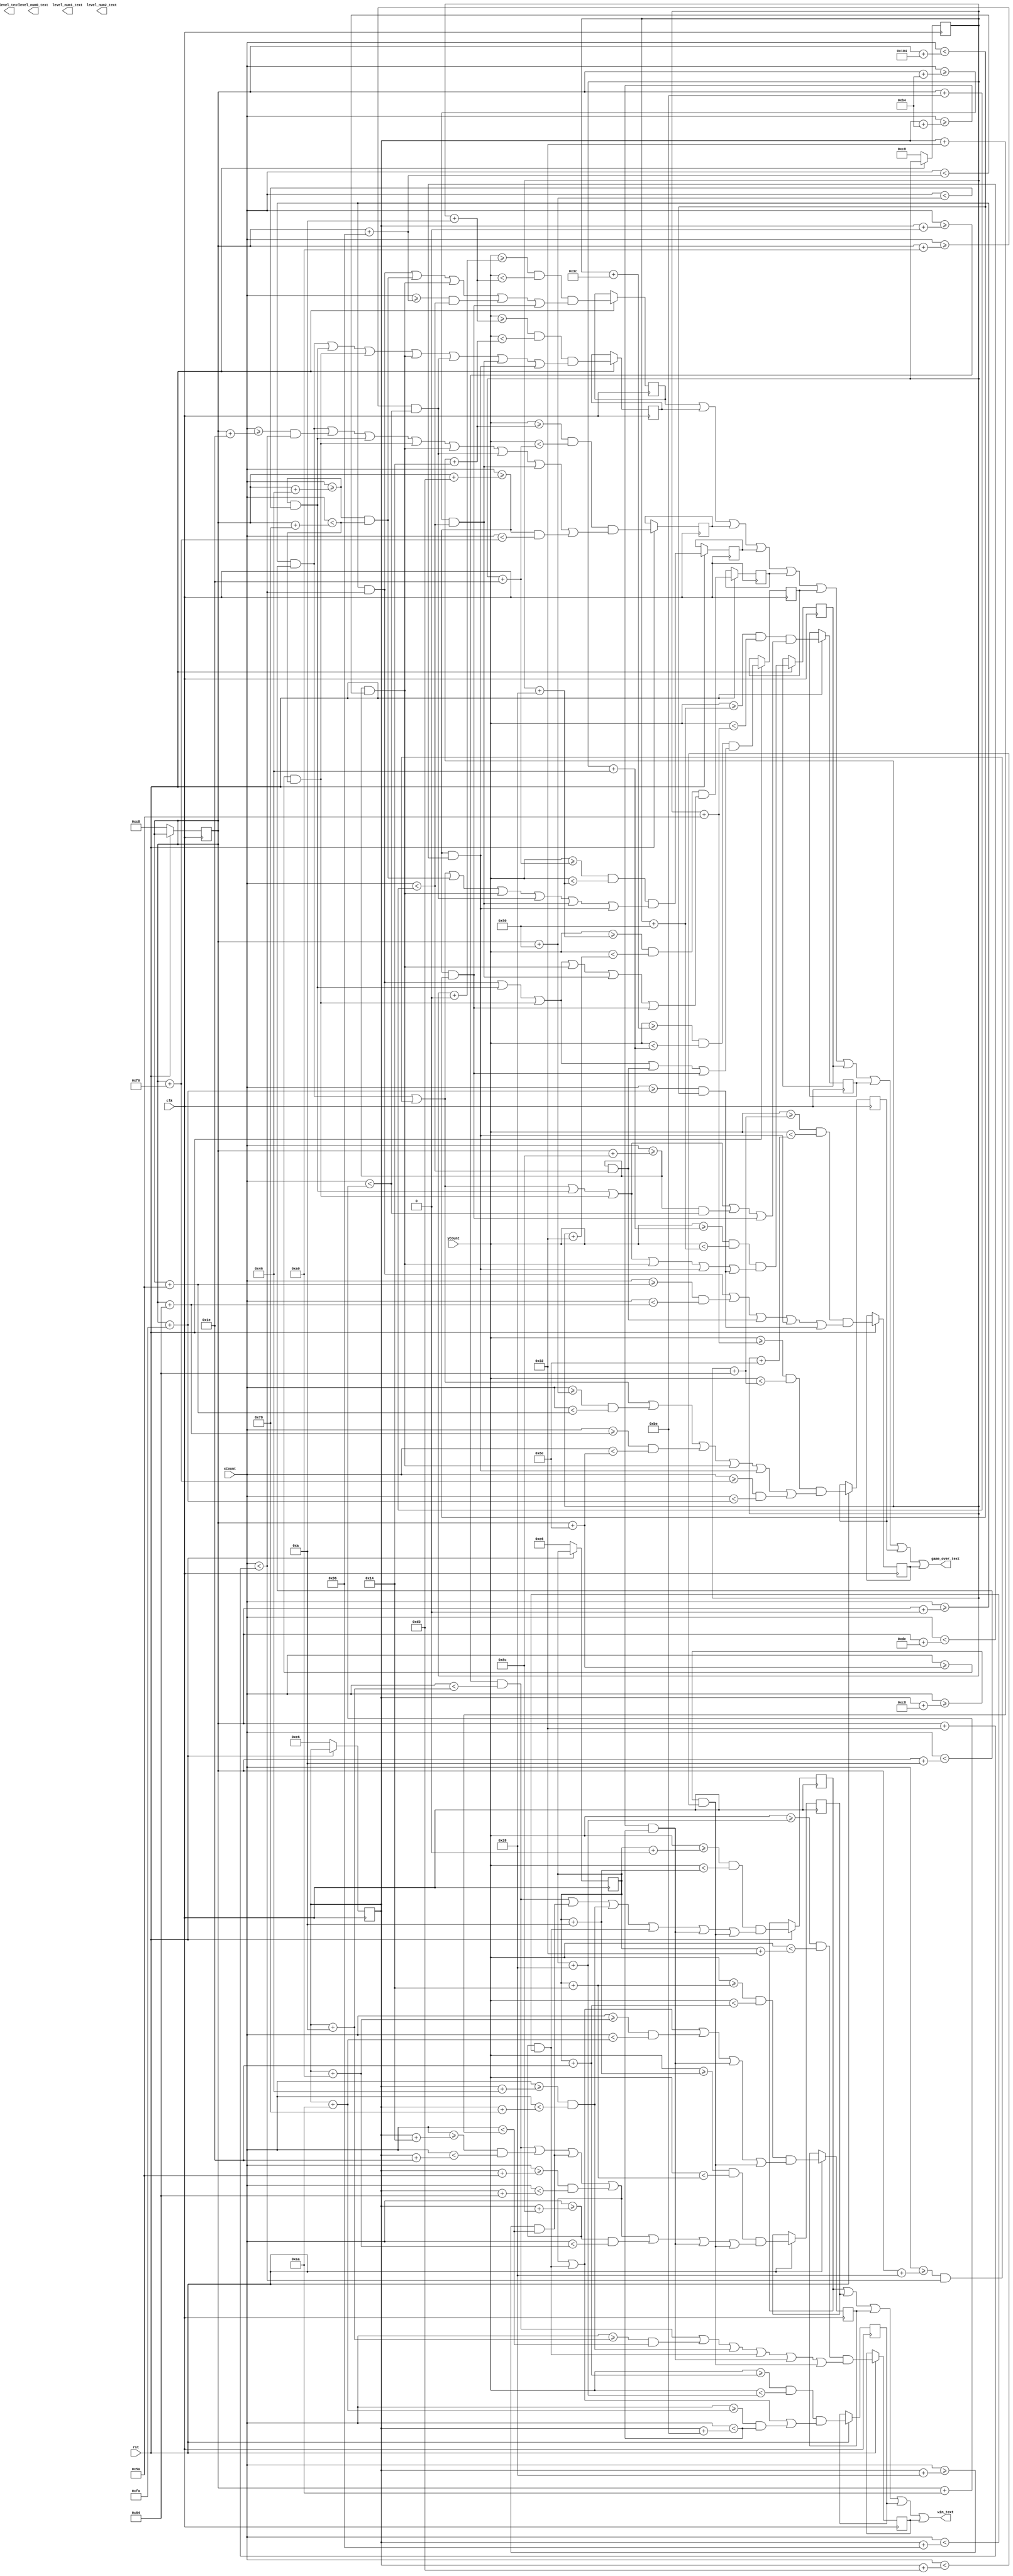
module text(clk, rst, xCount, yCount, game_over_text, win_text, level_text, level_num0_text, level_num1_text, level_num2_text);
input clk, rst;
input [9:0]xCount;
input [9:0] yCount;
wire [9:0] xCount;
wire [9:0] yCount;

output game_over_text;
output win_text;
output level_text;
output level_num0_text;
output level_num1_text;
output level_num2_text;



//game over
wire game_over_text;
assign game_over_text = (go1 || go2 || go3 || go4 || go5 || go6 || go7 || go8 || go9 || go10);
reg [9:0] game_overX[0:31];
reg [8:0] game_overY[0:31];

//"GAME"
reg go1, go2, go3, go4, go5;


//"OVER"
reg go6, go7, go8, go9, go10;

always@(posedge clk) 
	begin	
			if (rst == 1'b0)
				begin
					game_overX[0] = 10'd200;
					game_overY[0] = 9'd200;
					
				end
			else
				begin
					//"GAME"
					go1 = ((yCount >= (game_overY[0] + 9'd0))  && (yCount < (game_overY[0] + 9'd10)))  &&  ( ( (xCount >= (game_overX[0] + 10'd0)) && (xCount < (game_overX[0] + 10'd50)) ) || ( (xCount >= (game_overX[0] + 10'd70)) && (xCount < (game_overX[0] + 10'd120)) ) || ( (xCount >= (game_overX[0] + 10'd140)) && (xCount < (game_overX[0] + 10'd150)) ) || ( (xCount >= (game_overX[0] + 10'd150)) && (xCount < (game_overX[0] + 10'd190)) ) || ( (xCount >= (game_overX[0] + 10'd210)) && (xCount < (game_overX[0] + 10'd260)) )  );
					go2 = ((yCount >= (game_overY[0] + 9'd10)) && (yCount < (game_overY[0] + 9'd20)))  &&  ( ( (xCount >= (game_overX[0] + 10'd0)) && (xCount < (game_overX[0] + 10'd10)) ) || ( (xCount >= (game_overX[0] + 10'd70)) && (xCount < (game_overX[0] + 10'd80)) ) || ( (xCount >= (game_overX[0] + 10'd110)) && (xCount < (game_overX[0] + 10'd120)) ) || ( (xCount >= (game_overX[0] + 10'd140)) && (xCount < (game_overX[0] + 10'd150)) ) || ( (xCount >= (game_overX[0] + 10'd160)) && (xCount < (game_overX[0] + 10'd170)) ) || ( (xCount >= (game_overX[0] + 10'd180)) && (xCount < (game_overX[0] + 10'd190)) ) || ( (xCount >= (game_overX[0] + 10'd210)) && (xCount < (game_overX[0] + 10'd220)) ) );
					go3 = ((yCount >= (game_overY[0] + 9'd20)) && (yCount < (game_overY[0] + 9'd30)))  &&  ( ( (xCount >= (game_overX[0] + 10'd0)) && (xCount < (game_overX[0] + 10'd10)) ) || ( (xCount >= (game_overX[0] + 10'd30)) && (xCount < (game_overX[0] + 10'd50)) ) || ( (xCount >= (game_overX[0] + 10'd70)) && (xCount < (game_overX[0] + 10'd80)) ) || ( (xCount >= (game_overX[0] + 10'd110)) && (xCount < (game_overX[0] + 10'd120)) ) || ( (xCount >= (game_overX[0] + 10'd140)) && (xCount < (game_overX[0] + 10'd150)) ) || ( (xCount >= (game_overX[0] + 10'd160)) && (xCount < (game_overX[0] + 10'd170)) ) || ( (xCount >= (game_overX[0] + 10'd180)) && (xCount < (game_overX[0] + 10'd190)) ) || ( (xCount >= (game_overX[0] + 10'd210)) && (xCount < (game_overX[0] + 10'd240)) ) );
					go4 = ((yCount >= (game_overY[0] + 9'd30)) && (yCount < (game_overY[0] + 9'd40)))  &&  ( ( (xCount >= (game_overX[0] + 10'd0)) && (xCount < (game_overX[0] + 10'd10)) ) || ( (xCount >= (game_overX[0] + 10'd40)) && (xCount < (game_overX[0] + 10'd50)) ) || ( (xCount >= (game_overX[0] + 10'd70)) && (xCount < (game_overX[0] + 10'd120)) ) || ( (xCount >= (game_overX[0] + 10'd140)) && (xCount < (game_overX[0] + 10'd150)) ) || ( (xCount >= (game_overX[0] + 10'd160)) && (xCount < (game_overX[0] + 10'd170)) ) || ( (xCount >= (game_overX[0] + 10'd180)) && (xCount < (game_overX[0] + 10'd190)) ) || ( (xCount >= (game_overX[0] + 10'd210)) && (xCount < (game_overX[0] + 10'd220)) ) );
					go5 = ((yCount >= (game_overY[0] + 9'd40)) && (yCount < (game_overY[0] + 9'd50)))  &&  ( ( (xCount >= (game_overX[0] + 10'd0)) && (xCount < (game_overX[0] + 10'd50)) ) || ( (xCount >= (game_overX[0] + 10'd70)) && (xCount < (game_overX[0] + 10'd80)) ) || ( (xCount >= (game_overX[0] + 10'd110)) && (xCount < (game_overX[0] + 10'd120)) ) || ( (xCount >= (game_overX[0] + 10'd140)) && (xCount < (game_overX[0] + 10'd150)) ) /*|| ( (xCount >= (game_overX[0] + 10'd160)) && (xCount < (game_overX[0] + 10'd170)) ) */|| ( (xCount >= (game_overX[0] + 10'd180)) && (xCount < (game_overX[0] + 10'd190)) ) || ( (xCount >= (game_overX[0] + 10'd210)) && (xCount < (game_overX[0] + 10'd260)) ) );
					
					//"OVER"
					go6 =  ((yCount >= (game_overY[0] + 9'd60))  && (yCount < (game_overY[0] + 9'd70)))  &&  ( ( (xCount >= (game_overX[0] + 10'd0)) && (xCount < (game_overX[0] + 10'd50)) ) || ( (xCount >= (game_overX[0] + 10'd70)) && (xCount < (game_overX[0] + 10'd80)) ) || ( (xCount >= (game_overX[0] + 10'd110)) && (xCount < (game_overX[0] + 10'd120)) ) || ( (xCount >= (game_overX[0] + 10'd140)) && (xCount < (game_overX[0] + 10'd190)) ) || ( (xCount >= (game_overX[0] + 10'd210)) && (xCount < (game_overX[0] + 10'd260)) ) );
					go7 =  ((yCount >= (game_overY[0] + 9'd70))  && (yCount < (game_overY[0] + 9'd80)))  &&  ( ( (xCount >= (game_overX[0] + 10'd0)) && (xCount < (game_overX[0] + 10'd10)) ) || ( (xCount >= (game_overX[0] + 10'd40)) && (xCount < (game_overX[0] + 10'd50)) ) || ( (xCount >= (game_overX[0] + 10'd70)) && (xCount < (game_overX[0] + 10'd80)) ) || ( (xCount >= (game_overX[0] + 10'd110)) && (xCount < (game_overX[0] + 10'd120)) ) || ( (xCount >= (game_overX[0] + 10'd140)) && (xCount < (game_overX[0] + 10'd150)) ) || ( (xCount >= (game_overX[0] + 10'd210)) && (xCount < (game_overX[0] + 10'd220)) ) || ( (xCount >= (game_overX[0] + 10'd250)) && (xCount < (game_overX[0] + 10'd260)) ) );
					go8 =  ((yCount >= (game_overY[0] + 9'd80))  && (yCount < (game_overY[0] + 9'd90)))  &&  ( ( (xCount >= (game_overX[0] + 10'd0)) && (xCount < (game_overX[0] + 10'd10)) ) || ( (xCount >= (game_overX[0] + 10'd40)) && (xCount < (game_overX[0] + 10'd50)) ) || ( (xCount >= (game_overX[0] + 10'd70)) && (xCount < (game_overX[0] + 10'd80)) ) || ( (xCount >= (game_overX[0] + 10'd110)) && (xCount < (game_overX[0] + 10'd120)) ) || ( (xCount >= (game_overX[0] + 10'd140)) && (xCount < (game_overX[0] + 10'd170)) ) || ( (xCount >= (game_overX[0] + 10'd210)) && (xCount < (game_overX[0] + 10'd260)) ) );
					go9 =  ((yCount >= (game_overY[0] + 9'd90))  && (yCount < (game_overY[0] + 9'd100))) &&  ( ( (xCount >= (game_overX[0] + 10'd0)) && (xCount < (game_overX[0] + 10'd10)) ) || ( (xCount >= (game_overX[0] + 10'd40)) && (xCount < (game_overX[0] + 10'd50)) ) || ( (xCount >= (game_overX[0] + 10'd80)) && (xCount < (game_overX[0] + 10'd90)) ) || ( (xCount >= (game_overX[0] + 10'd100)) && (xCount < (game_overX[0] + 10'd110)) ) || ( (xCount >= (game_overX[0] + 10'd140)) && (xCount < (game_overX[0] + 10'd150)) ) || ( (xCount >= (game_overX[0] + 10'd210)) && (xCount < (game_overX[0] + 10'd220)) ) || ( (xCount >= (game_overX[0] + 10'd240)) && (xCount < (game_overX[0] + 10'd250)) ) );
					go10 = ((yCount >= (game_overY[0] + 9'd100)) && (yCount < (game_overY[0] + 9'd110))) &&  ( ( (xCount >= (game_overX[0] + 10'd0)) && (xCount < (game_overX[0] + 10'd50)) ) || ( (xCount >= (game_overX[0] + 10'd90)) && (xCount < (game_overX[0] + 10'd100)) ) || ( (xCount >= (game_overX[0] + 10'd140)) && (xCount < (game_overX[0] + 10'd190)) ) || ( (xCount >= (game_overX[0] + 10'd210)) && (xCount < (game_overX[0] + 10'd220)) ) || ( (xCount >= (game_overX[0] + 10'd250)) && (xCount < (game_overX[0] + 10'd260)) ) );
				end
	end

//win
wire win_text;
assign win_text = (win1 || win2 || win3 || win4 || win5);
reg [9:0] wt_X[0:31];
reg [8:0] wt_Y[0:31];

reg win1, win2, win3, win4, win5;

always @(posedge clk)
	begin
		if (rst == 1'b0)
			begin
				wt_X[0] = 10'd230;
				wt_Y[0] = 9'd230;
			end
		else
			begin
			//"WIN!"
			win1 = ((yCount >= (wt_Y[0] + 9'd0))  && (yCount < (wt_Y[0] + 9'd10)))  && ( ( (xCount >= (wt_X[0] + 10'd0)) && (xCount < (wt_X[0] + 10'd10)) ) || ( (xCount >= (wt_X[0] + 10'd40)) && (xCount < (wt_X[0] + 10'd50)) ) || ( (xCount >= (wt_X[0] + 10'd70)) && (xCount < (wt_X[0] + 10'd120)) ) || ( (xCount >= (wt_X[0] + 10'd140)) && (xCount < (wt_X[0] + 10'd150)) ) || ((xCount >= (wt_X[0] + 10'd180)) && (xCount < (wt_X[0] + 10'd190)) ) || ( (xCount >= (wt_X[0] + 10'd200)) && (xCount < (wt_X[0] + 10'd210)) ) );
			win2 = ((yCount >= (wt_Y[0] + 9'd10)) && (yCount < (wt_Y[0] + 9'd20)))  && ( ( (xCount >= (wt_X[0] + 10'd0)) && (xCount < (wt_X[0] + 10'd10)) ) || ( (xCount >= (wt_X[0] + 10'd20)) && (xCount < (wt_X[0] + 10'd30)) ) || ( (xCount >= (wt_X[0] + 10'd40)) && (xCount < (wt_X[0] + 10'd50)) ) || ( (xCount >= (wt_X[0] + 10'd90)) && (xCount < (wt_X[0] + 10'd100)) ) || ( (xCount >= (wt_X[0] + 10'd140)) && (xCount < (wt_X[0] + 10'd160)) ) || ((xCount >= (wt_X[0] + 10'd180)) && (xCount < (wt_X[0] + 10'd190)) ) || ( (xCount >= (wt_X[0] + 10'd200)) && (xCount < (wt_X[0] + 10'd210)) ) );
			win3 = ((yCount >= (wt_Y[0] + 9'd20)) && (yCount < (wt_Y[0] + 9'd30)))  && ( ( (xCount >= (wt_X[0] + 10'd0)) && (xCount < (wt_X[0] + 10'd10)) ) || ( (xCount >= (wt_X[0] + 10'd20)) && (xCount < (wt_X[0] + 10'd30)) ) || ( (xCount >= (wt_X[0] + 10'd40)) && (xCount < (wt_X[0] + 10'd50)) ) || ( (xCount >= (wt_X[0] + 10'd90)) && (xCount < (wt_X[0] + 10'd100)) ) || ( (xCount >= (wt_X[0] + 10'd140)) && (xCount < (wt_X[0] + 10'd150)) ) || ((xCount >= (wt_X[0] + 10'd160)) && (xCount < (wt_X[0] + 10'd170)) ) || ( (xCount >= (wt_X[0] + 10'd180)) && (xCount < (wt_X[0] + 10'd190)) ) || ( (xCount >= (wt_X[0] + 10'd200)) && (xCount < (wt_X[0] + 10'd210)) ) );
			win4 = ((yCount >= (wt_Y[0] + 9'd30)) && (yCount < (wt_Y[0] + 9'd40)))  && ( ( (xCount >= (wt_X[0] + 10'd0)) && (xCount < (wt_X[0] + 10'd10)) ) || ( (xCount >= (wt_X[0] + 10'd20)) && (xCount < (wt_X[0] + 10'd30)) ) || ( (xCount >= (wt_X[0] + 10'd40)) && (xCount < (wt_X[0] + 10'd50)) ) || ( (xCount >= (wt_X[0] + 10'd90)) && (xCount < (wt_X[0] + 10'd100)) ) || ( (xCount >= (wt_X[0] + 10'd140)) && (xCount < (wt_X[0] + 10'd150)) ) || ((xCount >= (wt_X[0] + 10'd170)) && (xCount < (wt_X[0] + 10'd190)) ) );
			win5 = ((yCount >= (wt_Y[0] + 9'd40)) && (yCount < (wt_Y[0] + 9'd50)))  && ( ( (xCount >= (wt_X[0] + 10'd0)) && (xCount < (wt_X[0] + 10'd10)) ) || ( (xCount >= (wt_X[0] + 10'd10)) && (xCount < (wt_X[0] + 10'd50)) ) || ( (xCount >= (wt_X[0] + 10'd70)) && (xCount < (wt_X[0] + 10'd120)) ) || ( (xCount >= (wt_X[0] + 10'd140)) && (xCount < (wt_X[0] + 10'd150)) ) || ((xCount >= (wt_X[0] + 10'd180)) && (xCount < (wt_X[0] + 10'd190)) ) || ( (xCount >= (wt_X[0] + 10'd200)) && (xCount < (wt_X[0] + 10'd210)) ) );
			end
	end
	
endmodule